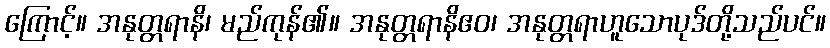
ကြောင့်။ အနုတ္တရာနိ၊ မည်ကုန်၏။ အနုတ္တရာနိဧဝ၊ အနုတ္တရာဟူသောပုဒ်တို့သည်ပင်။